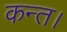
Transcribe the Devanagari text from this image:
कन्‍त।